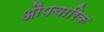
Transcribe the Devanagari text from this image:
अाैपचारिक